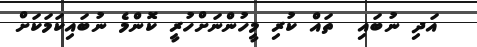
އަދި ނުބައި  ތައް ކުރި މީހުންނަށްހުރީ ކޮންމެ ނުބައިކަމަކަށް